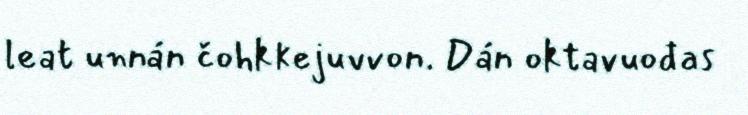
leat unnán čohkkejuvvon. Dán oktavuođas